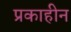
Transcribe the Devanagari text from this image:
प्रकाहीन